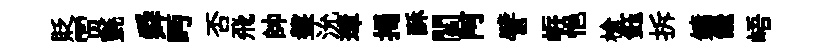
貶贾氈舜眄否飛帥盤沇璋揭酥閻阿譬㟁悒槍鈺拆鏞饞峿